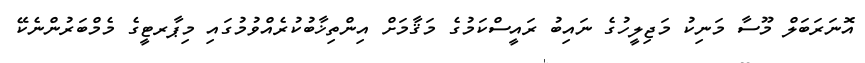
އޮނަރަބަލް މޫސާ މަނިކު މަޖިލީހުގެ ނައިބު ރައީސްކަމުގެ މަޤާމަށް އިންތިޚާބުކުރެއްވުމުގައި މިޕާރޓީގެ މެމްބަރުންނެކޭ